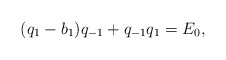
\begin{align*} (q_1-b_1)q_{-1}+q_{-1}q_1=E_0, \end{align*}